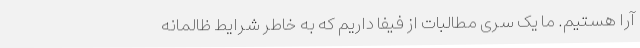
آرا هستیم. ما یک سری مطالبات از فیفا داریم که به خاطر شرایط ظالمانه